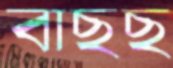
বাছছ